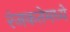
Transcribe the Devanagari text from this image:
रंजकतेमध्ये